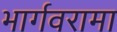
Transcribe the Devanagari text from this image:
भार्गवरामा